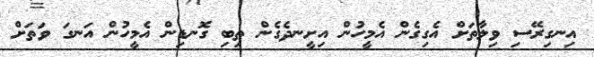
އިނގިރޭސި ވިލާތަށް އެގިގެން އެމީހުން އިށީނދެގެން ތިބި ގޮނޑިން އެމީހުން އަނގަ ވަަތަށް